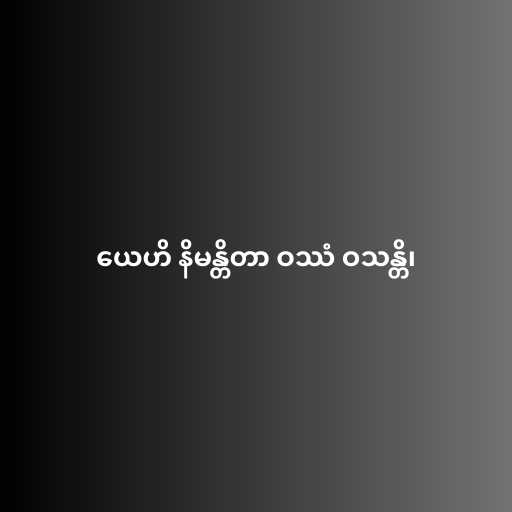
ယေဟိ နိမန္တိတာ ဝဿံ ဝသန္တိ၊